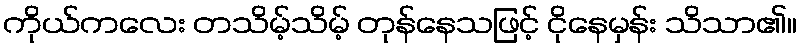
ကိုယ်ကလေး တသိမ့်သိမ့် တုန်နေသဖြင့် ငိုနေမှန်း သိသာ၏။